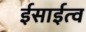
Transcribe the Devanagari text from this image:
ईसाईत्व